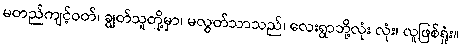
မတည်ကျင့်ဝတ်၊ ချွတ်သူတို့မှာ၊ မလွတ်သာသည်၊ လေးရွာဘို့လုံး လုံး၊ လူဖြစ်ရှုံး။